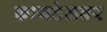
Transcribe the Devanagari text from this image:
कायटेलवर